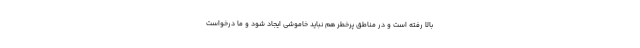
بالا رفته است و در مناطق پرخطر هم نباید خاموشی ایجاد شود و ما درخواست